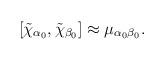
LaTeX: \begin{align*}\left[ \tilde{\chi}_{\alpha _{0}},\tilde{\chi}_{\beta _{0}}\right] \approx\mu _{\alpha _{0}\beta _{0}}. \end{align*}